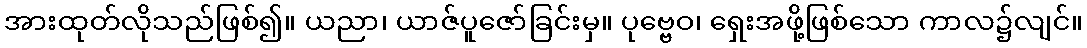
အားထုတ်လိုသည်ဖြစ်၍။ ယညာ၊ ယာဇ်ပူဇော်ခြင်းမှ။ ပုဗ္ဗေဝ၊ ရှေးအဖို့ဖြစ်သော ကာလ၌လျင်။